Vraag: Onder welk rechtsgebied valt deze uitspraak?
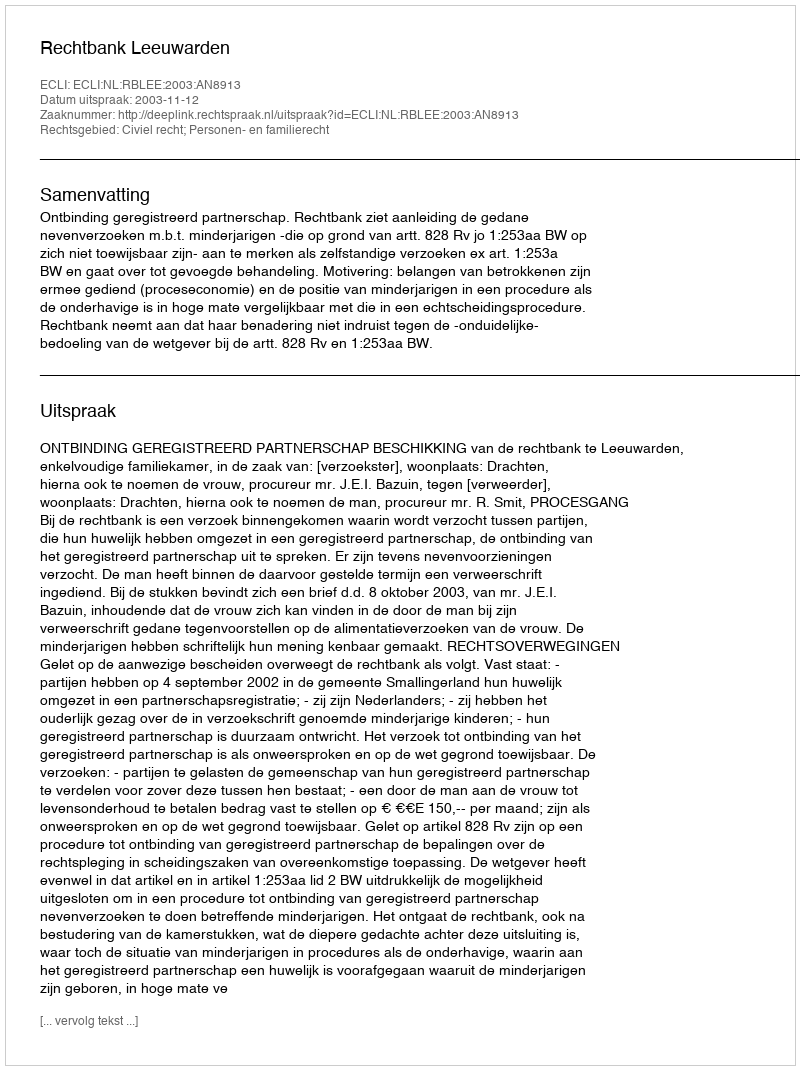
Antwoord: Civiel recht; Personen- en familierecht